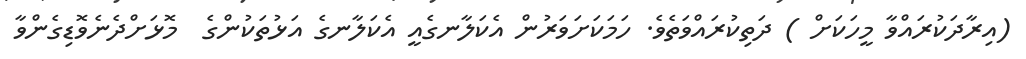
(އިރާދަކުރައްވާ މީހަކަށް ) ދަތިކުރައްވަތެވެ. ހަމަކަށަވަރުން އެކަލާނގެއީ އެކަލާނގެ އަޅުތަކުންގެ  މޮޅަށްދެނެވޮޑިގެންވާ